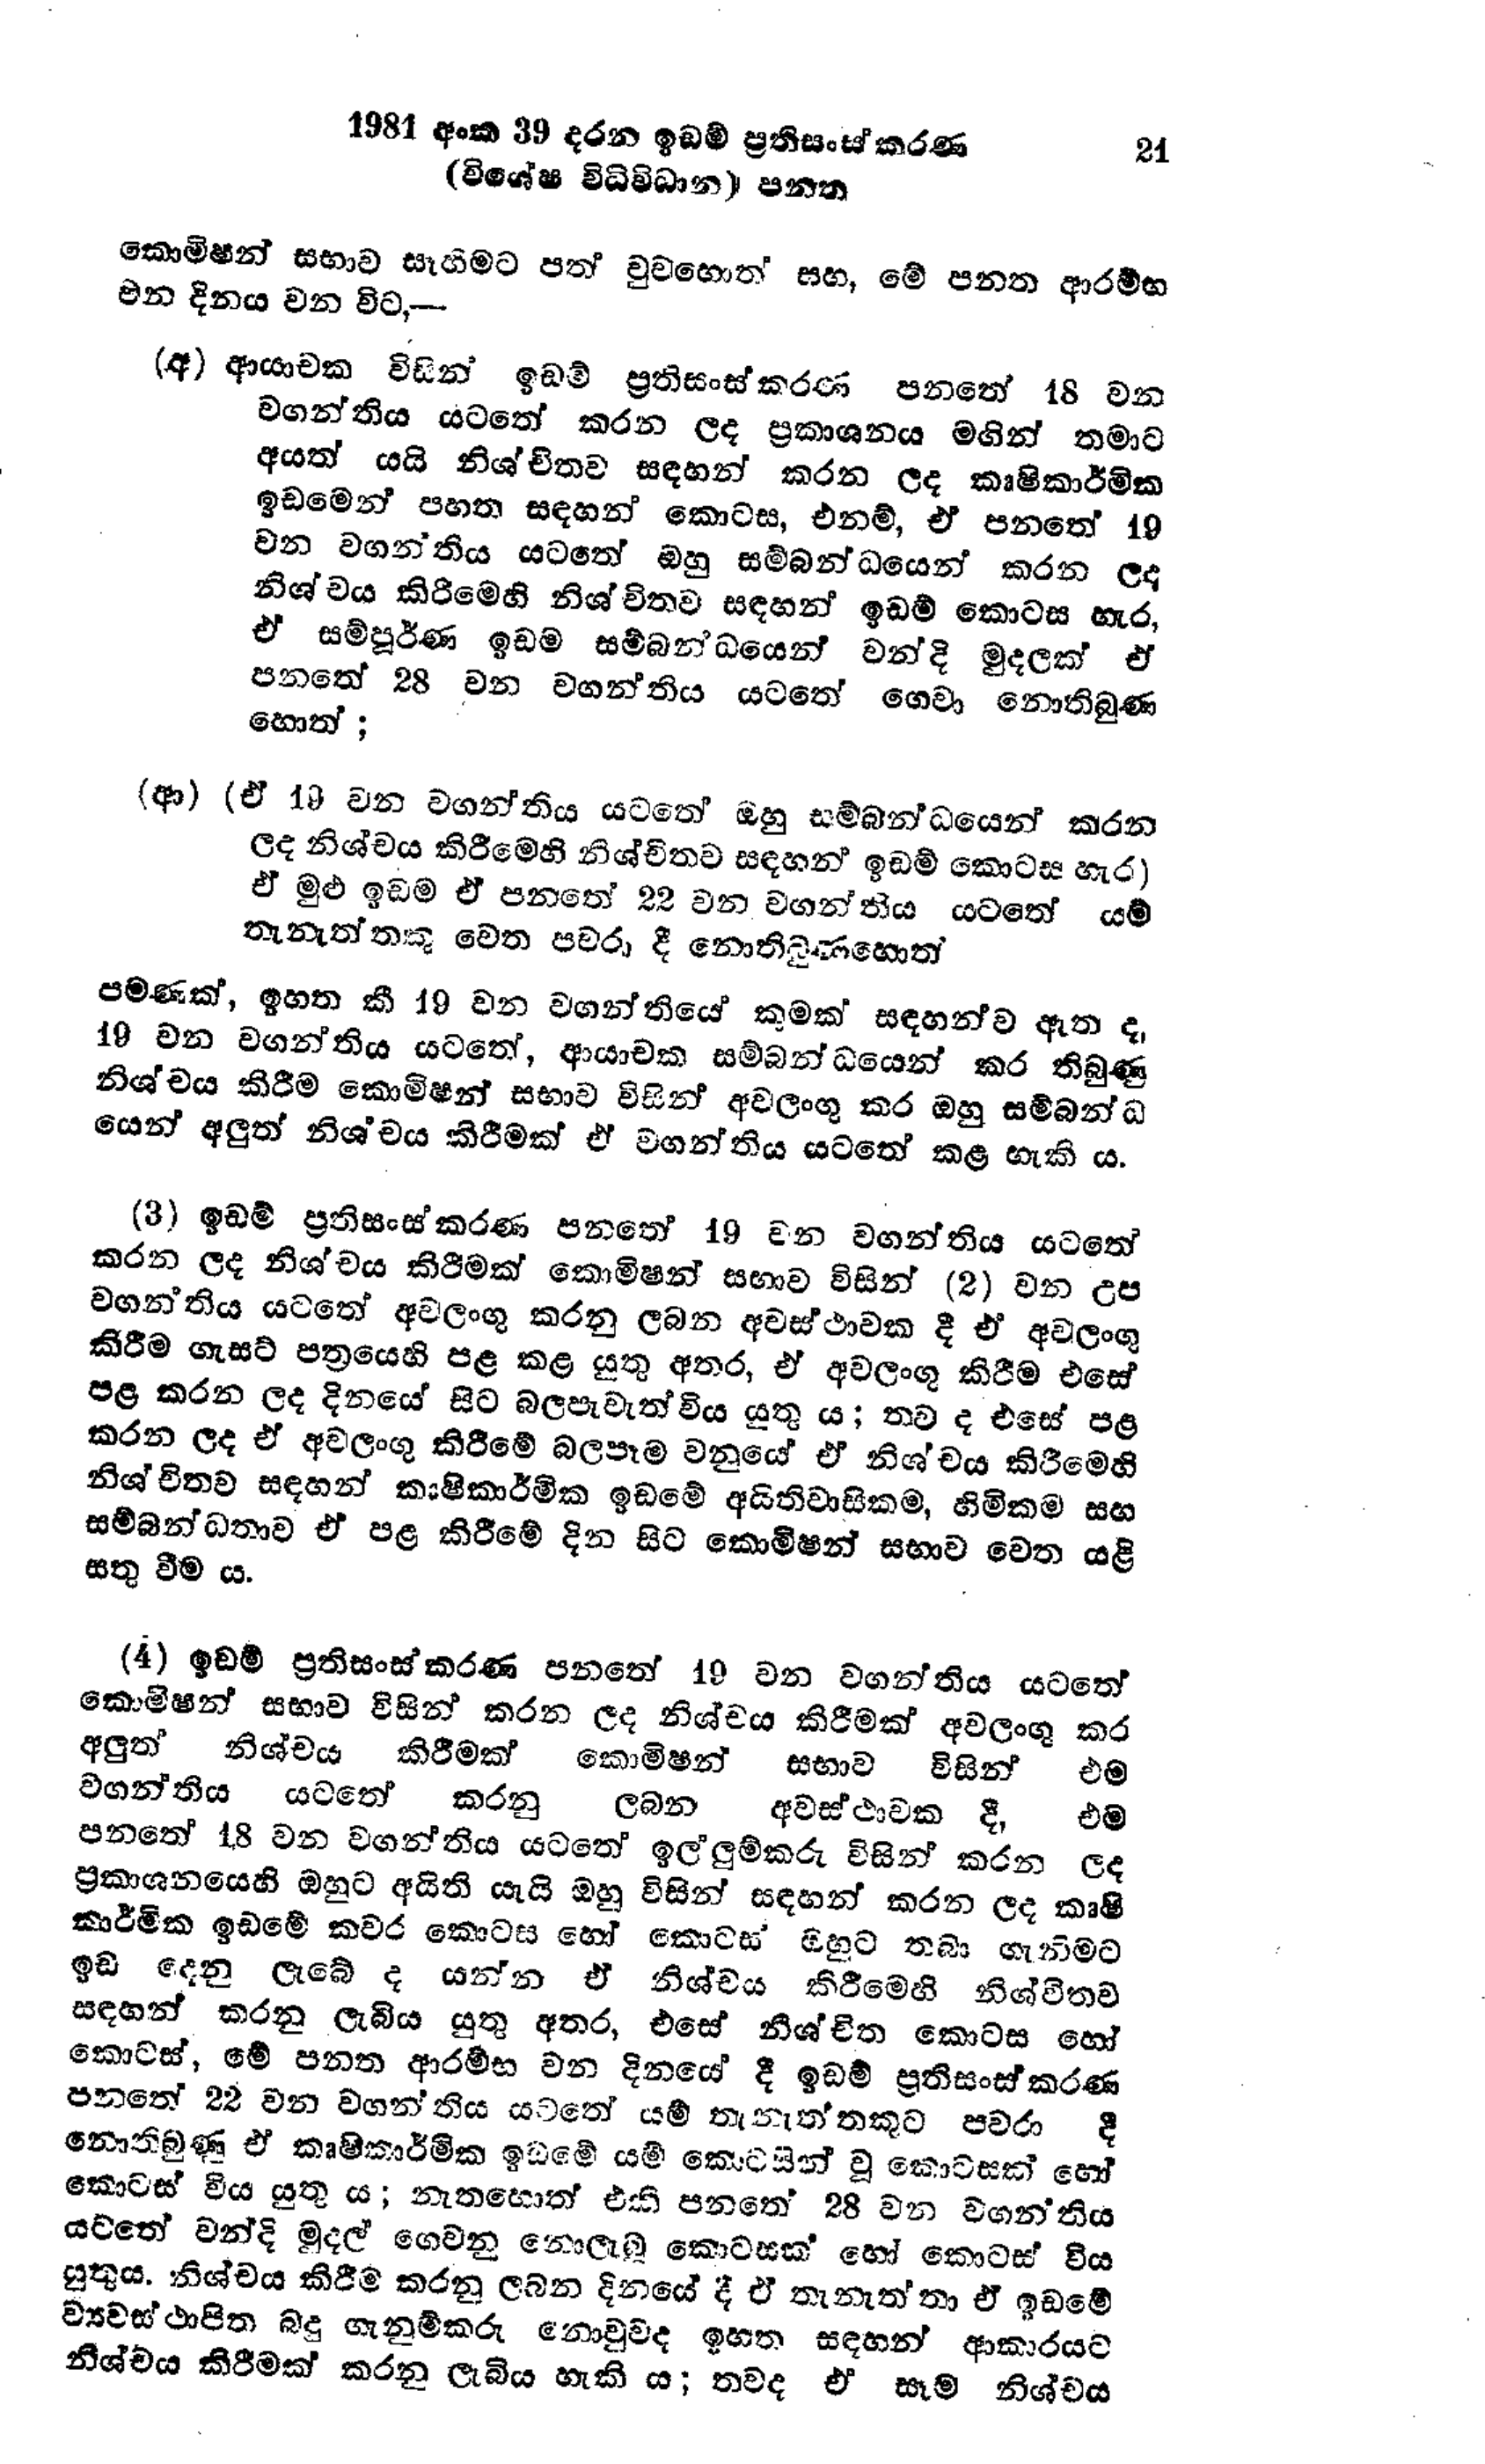
1981 අංක 39 දරන ඉඩම් ප්‍රතිසංස්කරණ			21
(විශේෂ විධිවිධාන) පනත

කොමිෂන් සභාව සෑහීමට පත් වුවහොත් සහ, මේ පනත ආරම්භ
වන දිනය වන විට,

(අ) ආයාචක විසින් ඉඩම් ප්‍රතිසංස්කරණ පනතේ 18 වන
වගන්තිය යටතේ කරන ලද ප්‍රකාශනය මඟින් තමාට
අයත් යයි නිශ්චිතව සඳහන් කරන ලද කෘෂිකාර්මික
ඉඩමෙන් පහත සඳහන් කොටස, එනම්, ඒ පනතේ 19
වන වගන්තිය යටතේ ඔහු සම්බන්ධයෙන් කරන ලද
නිශ්චය කිරිමෙහි නිශ්චිතව සඳහන් ඉඩම් කොටස හැර,
ඒ සම්පූර්ණ ඉඩම සම්බන්ධයෙන් වන්දි මුදලක් ඒ
පනතේ 28 වන වගන්තිය යටතේ ගෙවා නොතිබුණ
හොත්;

(ආ) (ඒ 19 වන වගන්තිය යටතේ ඔහු සම්බන්ධයෙන් කරන
ලද නිශ්චය කිරීමෙහි නිශ්චිතව සඳහන් ඉඩම් කොටස හැර)
ඒ මුළු ඉඩම ඒ පනතේ 22 වන වගන්තිය යටතේ ‍යම්
තැනැත්තකු වෙත පවරා දී නොතිබුණහොත්

පමණක්, ඉහත කී 19 වන වගන්තියේ කුමක් සඳහන්ව ඇත ද,
19 වන වගන්තිය යටතේ, ආයාචක සම්බන්ධයෙන් කර තිබුණු
නිශ්චය කිරීම කොමිෂන් සභාව විසින් අවලංගු කර ඔහු සම්බන්ධ
යෙන් අලුත් නිශ්චය කිරීමක් ඒ වගන්තිය යටතේ කළ හැකි ය.

(3) ඉඩම් ප්‍රතිසංස්කරණ පනතේ 19 වන වගන්තිය යටතේ
කරන ලද නිශ්චය කිරීමක් කොමිෂන් සභාව විසින් (2) වන උප
වගන්තිය යටතේ අවලංගු කරනු ලබන අවස්ථාවක දී ඒ අවලංගු
කිරීම ගැසට් පත්‍රයෙහි පළ කළ යුතු අතර, ඒ අවලංගු කිරීම එසේ
පළ කරන ලද දිනයේ සිට බලපැවැත්විය යුතු ය; තව ද එසේ පළ
කරන ලද ඒ අවලංගු කිරීමේ බලපෑම වනුයේ ඒ නිශ්චය කිරීමෙහි
නිශ්චිතව සඳහන් කාෂිකාර්මික ඉඩමේ අයිතිවාසිකම, හිමිකම සහ
සම්බන්ධතාව ඒ පළ කිරීමේ දින සිට කොමිෂන් සභාව වෙත යළි
සතු වීම ය.

(4) ඉඩම් ප්‍රතිසංස්කරණ පනතේ 19 වන වගන්තිය යටතේ
කොමිෂන් සභාව විසින් කරන ලද නිශ්චය කිරීමක් අවලංගු කර
අලුත් නිශ්චය කිරීමක් කොමිෂන් සභාව විසින් එම
වගන්තිය යටතේ කරනු ලබන අවස්ථාවක දී, එම
පනතේ 18 වන වගන්තිය යටතේ ඉල්ලුම්කරු විසින් කරන ලද
ප්‍රකාශනයෙහි ඔහුට අයිති යැයි ඔහු විසින් සඳහන් කරන ලද කෘෂි
කාර්මික ඉඩමේ කවර කොටස හෝ කොටස් ඔහුට තබා ගැනිමට
ඉඩ දෙනු ලැබේ ද යන්න ඒ නිශ්චය කිරීමෙහි නිශ්චිතව
සඳහන් කරනු ලැබිය යුතු අතර, එසේ නිශ්චිත කොටස හෝ
කොටස්, මේ පනත ආරම්භ වන දිනයේ දී ඉඩම් ප්‍රතිසංස්කරණ
පනතේ 22 වන වගන්තිය යටතේ යම් තැනැත්තකුට පවරා දී
නොතිබුණු ඒ කෘෂිකාර්මික ඉඩමේ යම් කොටසින් වූ කොටසක් හෝ
කොටස් විය යුතු ය; නැතහොත් එකී පනතේ 28 වන වගන්තිය
යටතේ වන්දි මුදල් ගෙවනු නොලැබූ කොටසක් හෝ කොටස් විය
යුතුය. නිශ්චය කිරීම කරනු ලබන දිනයේ දී ඒ තැනැත්තා ඒ ඉඩමේ
ව්‍යවස්ථාපිත බදු ගැනුම්කරු නොවුවද ඉහත සඳහන් ආකාරයට
නිශ්චය කිරීමක් කරනු ලැබිය හැකි ය; තවද ඒ සෑම නිශ්චය